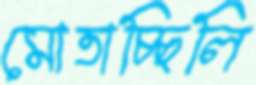
মোতাচ্ছিলি